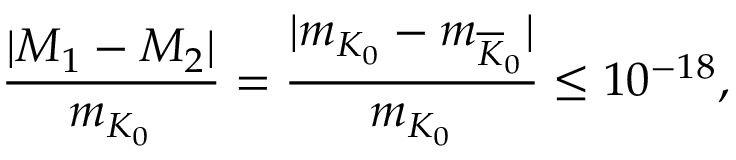
\frac { | M _ { 1 } - M _ { 2 } | } { m _ { K _ { 0 } } } = \frac { | m _ { K _ { 0 } } - m _ { { \overline { { { K } } } } _ { 0 } } | } { m _ { K _ { 0 } } } \leq 1 0 ^ { - 1 8 } ,